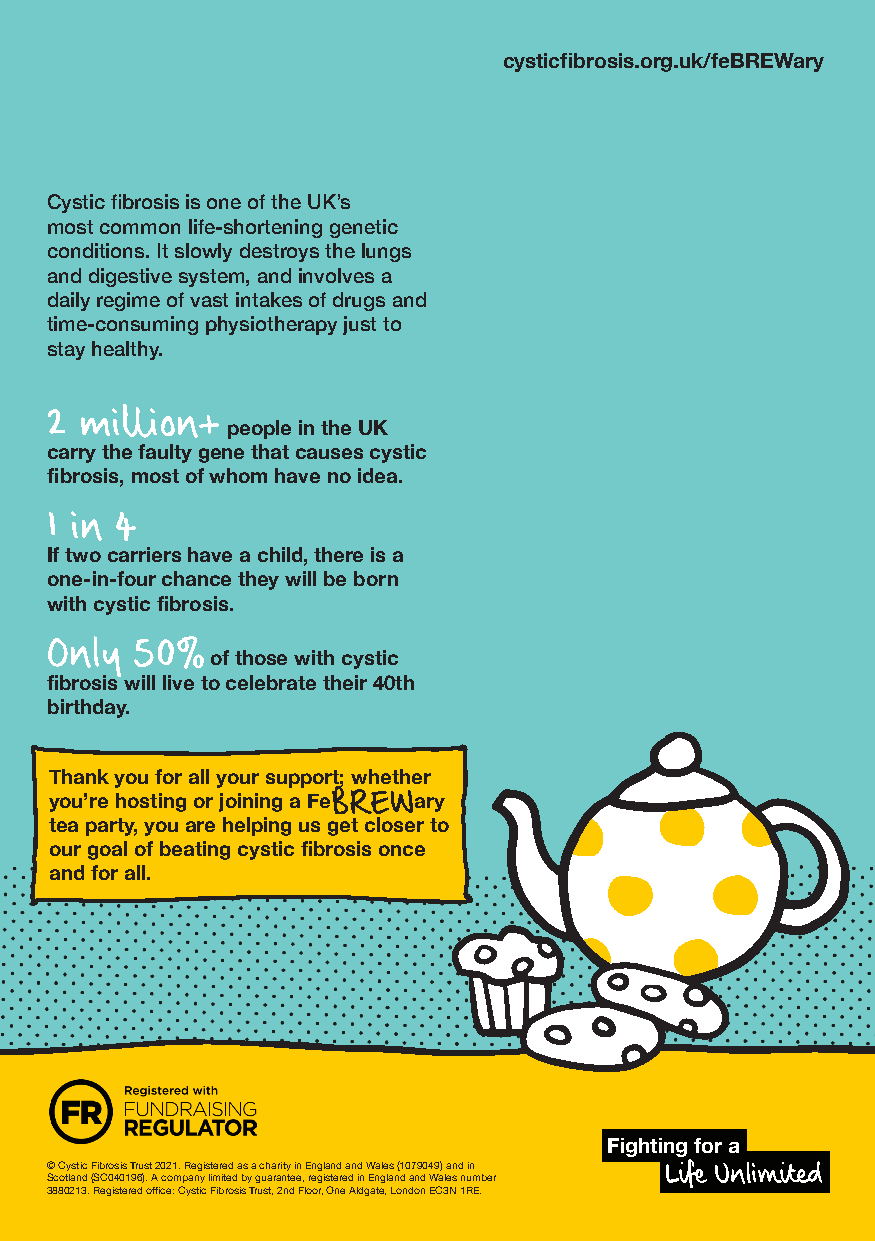
cysticfibrosis.org.uk/feBREWary
 Cystic fibrosis is one of the UK’s
 most common life-shortening genetic
 conditions. It slowly destroys the lungs
 and digestive system, and involves a
 daily regime of vast intakes of drugs and
 time-consuming physiotherapy just to
 stay healthy.
 2 million+
 people in the UK
 carry the faulty gene that causes cystic
 fibrosis, most of whom have no idea.
 1 in 4
 If two carriers have a child, there is a
 one-in-four chance they will be born
 with cystic fibrosis.
 Only  50%
 of those with cystic
 fibrosis will live to celebrate their 40th
 birthday.
 Thank you for all your support; whether
 you’re hosting or joining a FeBREWary
 tea party, you are helping us get closer to
 our goal of beating cystic fibrosis once
 and for all.
 Fighting for a
 © Cystic Fibrosis Trust 2021. Registered as a charity in England and Wales (1079049) and in Life Unlimited
 Scotland (SC040196). A company limited by guarantee, registered in England and Wales number
 3880213. Registered office: Cystic Fibrosis Trust, 2nd Floor, One Aldgate, London EC3N 1RE. 9